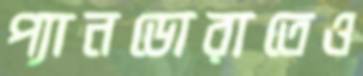
প্যানডোরাতেও